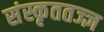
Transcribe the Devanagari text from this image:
संस्कृततज्ज्ञ